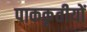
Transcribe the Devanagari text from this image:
पाककृतीयों